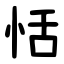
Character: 恬